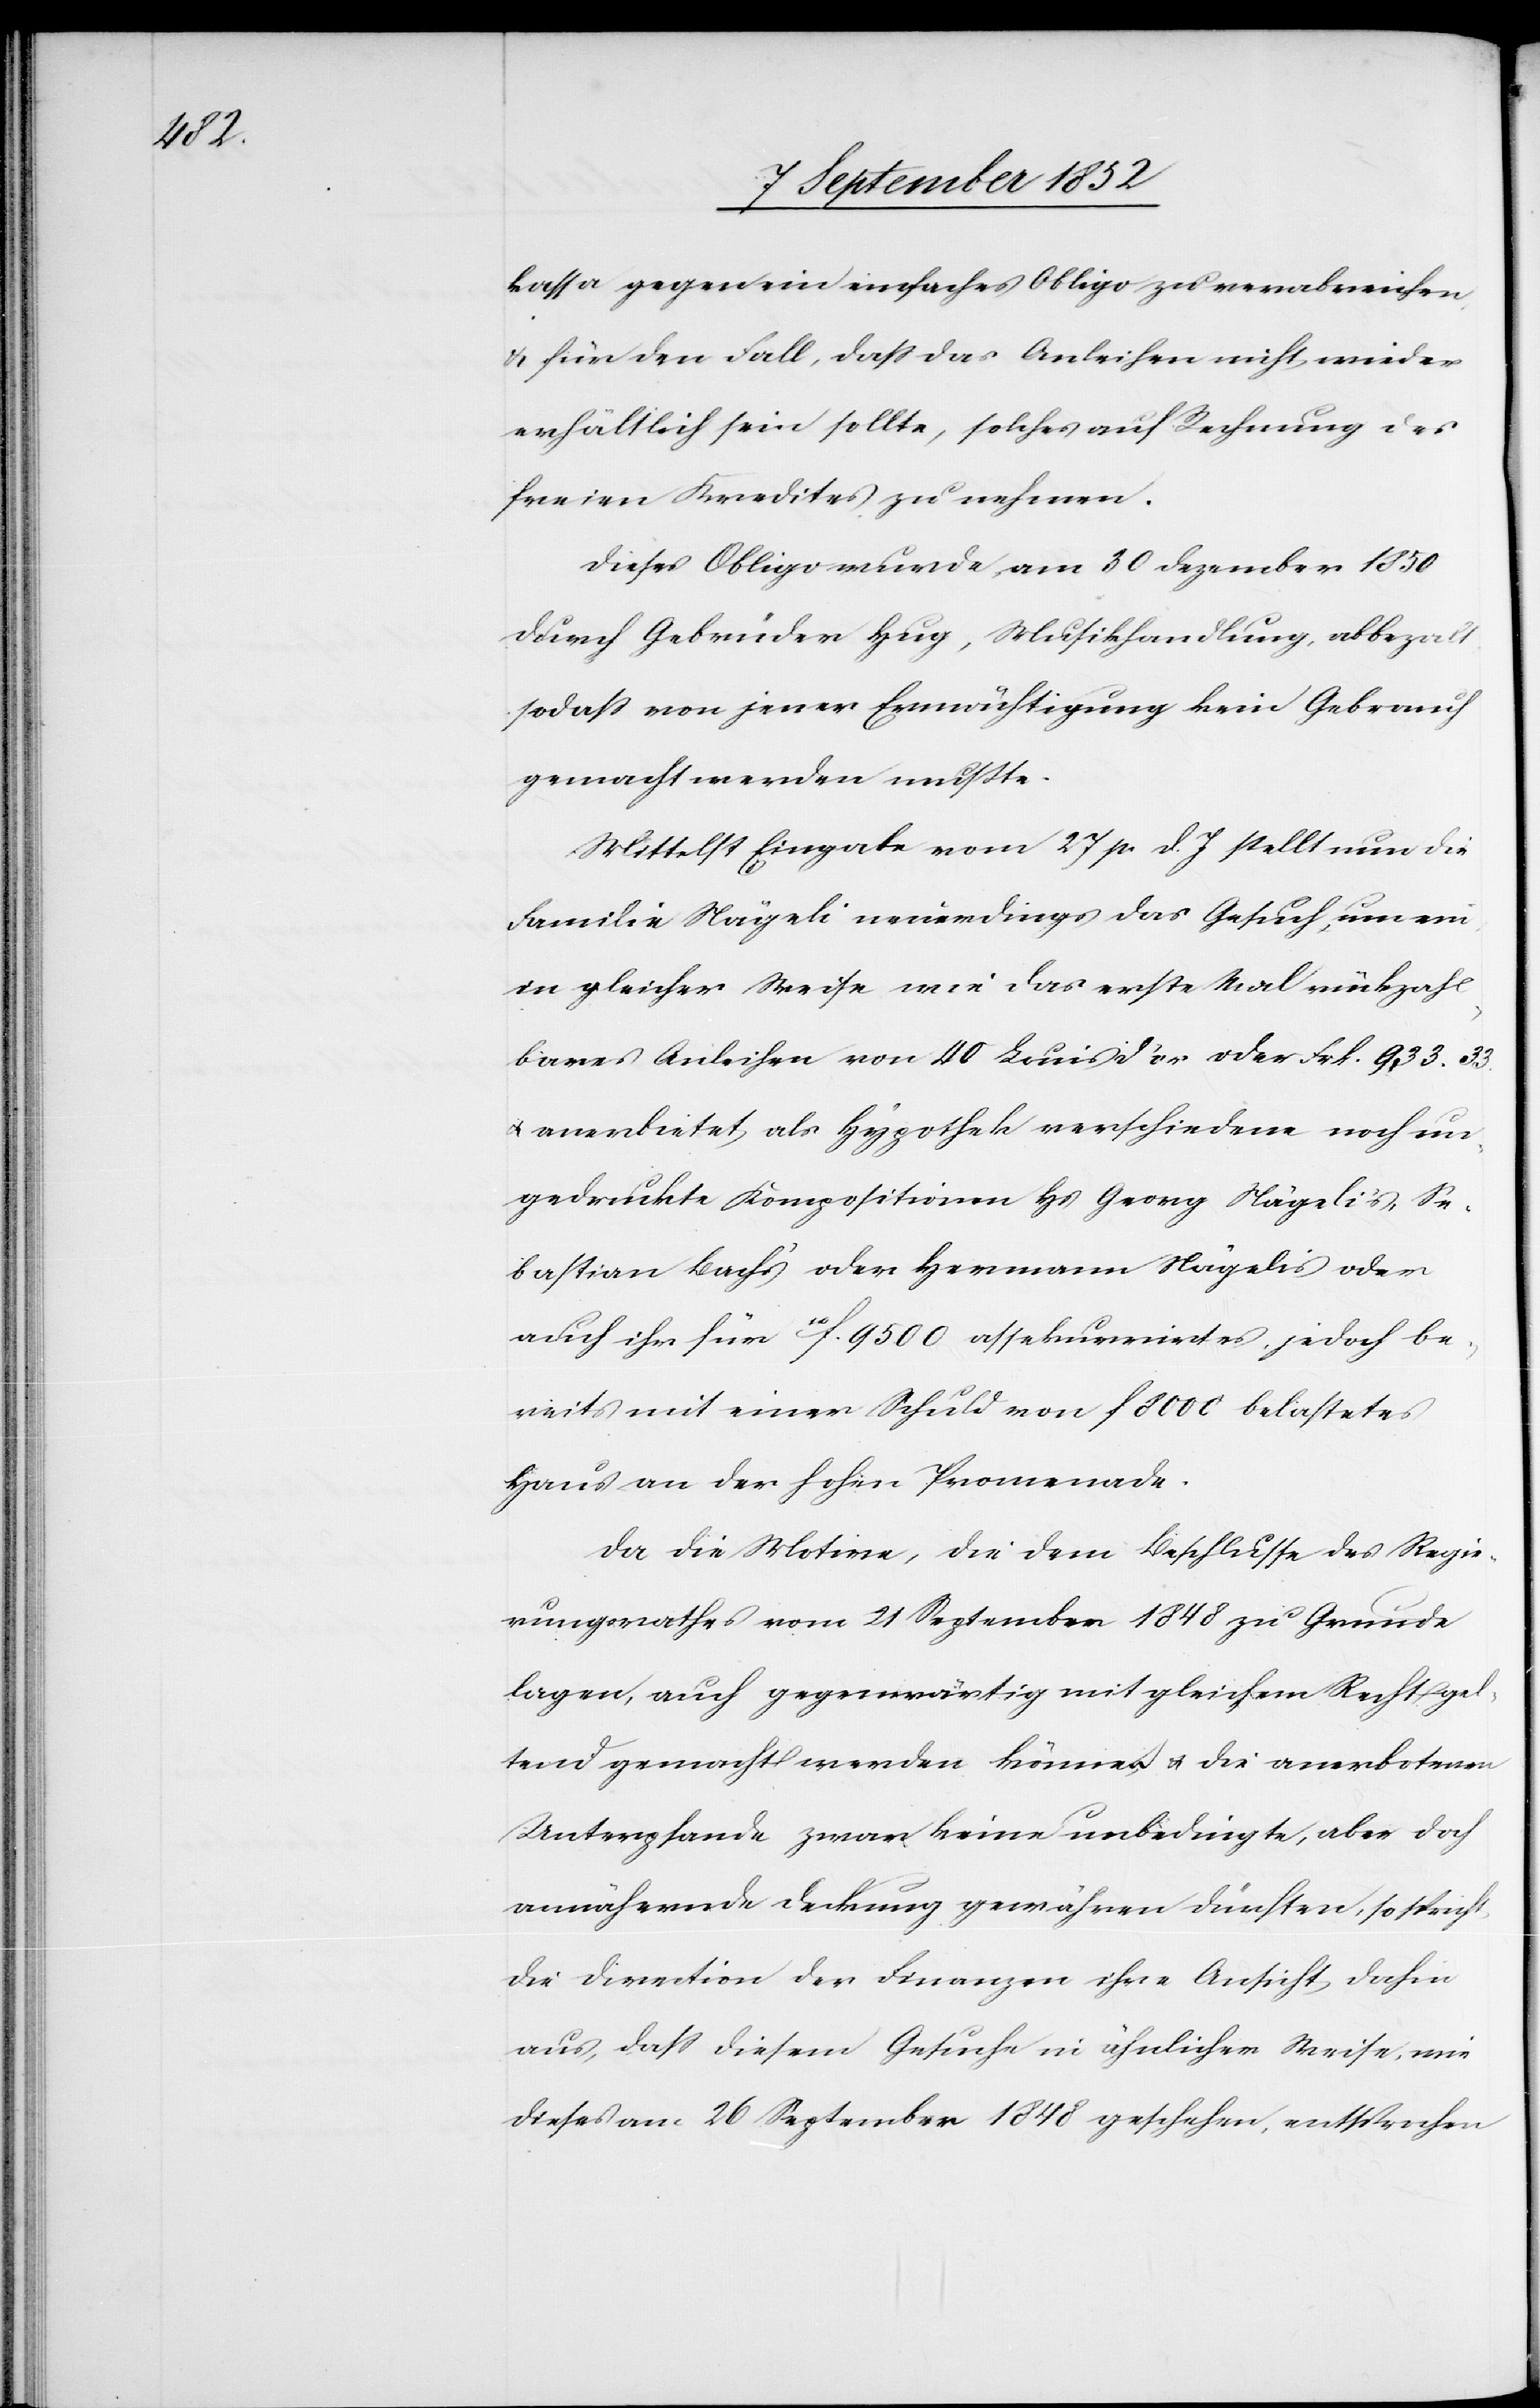
kassa gegen ein einfaches Obligo zu verabreichen
& für den Fall, dass das Anleihen nicht wieder
erhältlich sein sollte, solches auf Rechnung des
freien Kredites zu nehmen.
Dieses Obligo wurde am 30 Dezember 1850
durch Gebrüder Hug, Musikhandlung, abbeza[h]lt
sodass von jener Ermächtigung kein Gebrauch
gemacht werden mußte.
Mittelst Eingabe vom 27 p. d. J stellt nun die
Familie Nägeli neuerdings das Gesuch, um ein
in gleicher Weise wie das erste Mal rückzahl¬
bares Anleihen von 40 Louis d’or oder Frk. 933. 33.
& anerbietet als Hypothek verschiedene noch un¬
gedruckte Kompositionen Hs Georg Nägeli’s, Se¬
bastian Bach’s oder Hermann Nägelis oder
auch ihr für 10f. 9500 assekurrirtes, jedoch be¬
reits mit einer Schuld von f 8000 belastetes
Haus an der hohen Promenade.
Da die Motive, die dem Beschlusse des Regie¬
rungsrathes vom 21 September 1848 zu Grunde
lagen, auch gegenwärtig mit gleichem Recht gel¬
tend gemacht werden können & die anerbotenen
Unterpfande zwar keine unbedingte, aber doch
annähernde Deckung gewähren dürften, so spricht
die Direction der Finanzen ihre Ansicht dahin
aus, dass diesem Gesuche in ähnlicher Weise, wie
dieses am 26 September 1848 geschehen, entsprochen